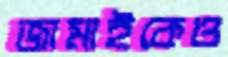
জামাইকেও